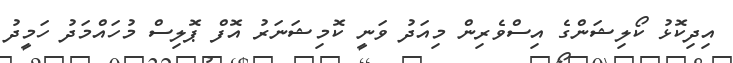
އިދިކޮޅު ކޯލިޝަންގެ އިސްވެރިން މިއަދު ވަނީ ކޮމިޝަނަރު އޮފް ޕޮލިސް މުހައްމަދު ހަމީދު